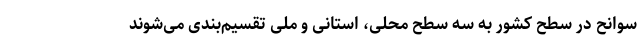
سوانح در سطح کشور به سه سطح محلی، استانی و ملی تقسیم‌بندی می‌شوند